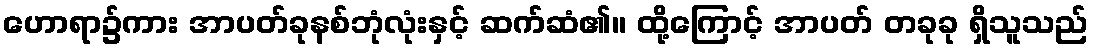
ဟောရာ၌ကား အာပတ်ခုနစ်ဘုံလုံးနှင့် ဆက်ဆံ၏။ ထို့ကြောင့် အာပတ် တခုခု ရှိသူသည်